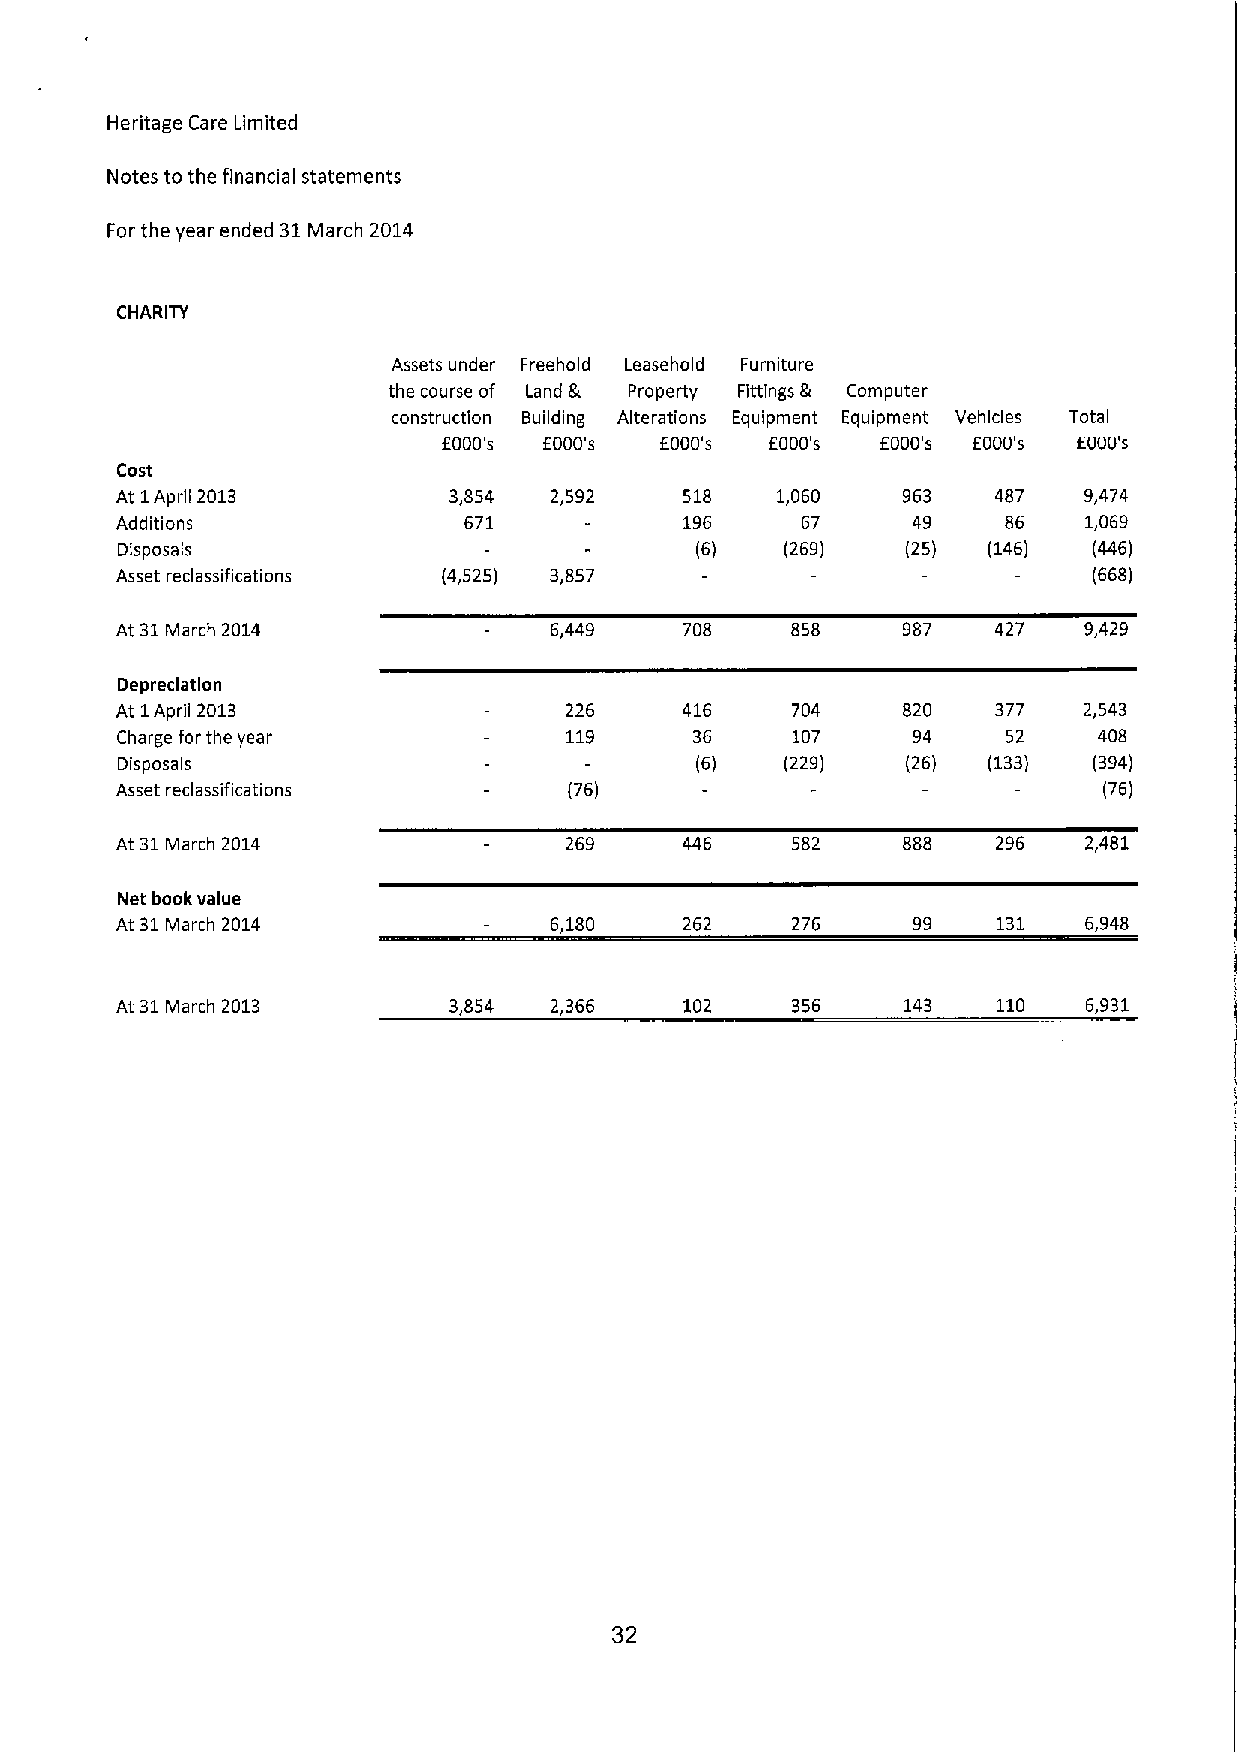
Heritage Care Limited
 Notes to the financial statements
 For the year ended 31March 2014
 CHARITY
 Assets under Freehold Leasehold Furniture
 the course of Land & Property Fittings & Computer
 construction Building Alterations Equipment Equipment Vehicles Tota
 I
 f000's
 EOOD's  EOOD's EOOD's EOOD's EOOD's EOOD's
 Cost
 At 1April 2013        3,854 2,592    518   1,060    963   487   9,474
 Additions              671           196     67     49     86   1,069
 Disposals                             (6)   (269)   (25) (146)  (446)
 Asset reclassifications (4,525) 3,857                           (668)
 At 31March 2014             6,449    708    858     987   427   9,429
 Depreciation
 At 1April 2013               226     416    704     820   377   2,543
 Charge for the year          119      36    107     94     52    408
 Disposals                             (6)   (229)   (26) (133)  (394)
 Asset reclassifications       (76)                               (76)
 At 31March 2014              269     446    582     888   296   2,481
 Net book value
 At 31March 2014             6,180    262    276     99    131   6,948
 At 31March 2013       3,854 2,366    102    356     143   110   6,931
 32